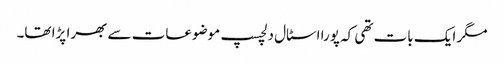
مگر ایک بات تھی کہ پورا اسٹال دلچسپ موضوعات سے بھرا پڑا تھا۔